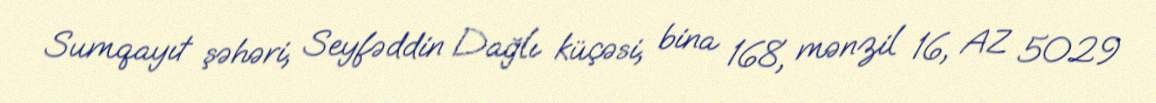
Sumqayıt şəhəri, Seyfəddin Dağlı küçəsi, bina 168, mənzil 16, AZ 5029